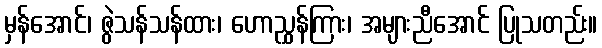
မှန်အောင်၊ ဇွဲသန်သန်ထား၊ ဟောညွှန်ကြား၊ အများညီအောင် ပြုသတည်း။